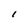
Character: l